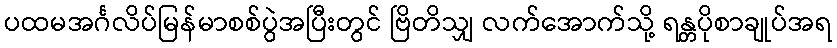
ပထမအင်္ဂလိပ်မြန်မာစစ်ပွဲအပြီးတွင် ဗြိတိသျှ လက်အောက်သို့ ရန္တပိုစာချုပ်အရ